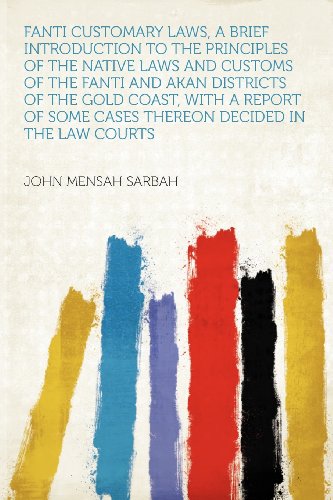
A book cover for Fanti Customary Laws, a Brief Introduction to the Principles of the Native Laws and Customs of the Fanti and Akan Districts of the Gold Coast, With a ... Some Cases Thereon Decided in the Law Courts; Law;